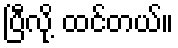
ပြီလို့ ထင်တယ်။